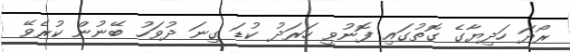
ރޯދަ ހަދިޔާގެ ގޮތުގައި ފޮނުވީ ހަރަދު ކުޑަ ގިނަ ދުވަހު ބޭނުން ކުރެވޭ